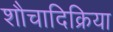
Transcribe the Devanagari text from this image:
शौचादिक्रिया